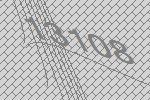
13108